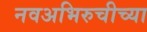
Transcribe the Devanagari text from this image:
नवअभिरुचीच्या